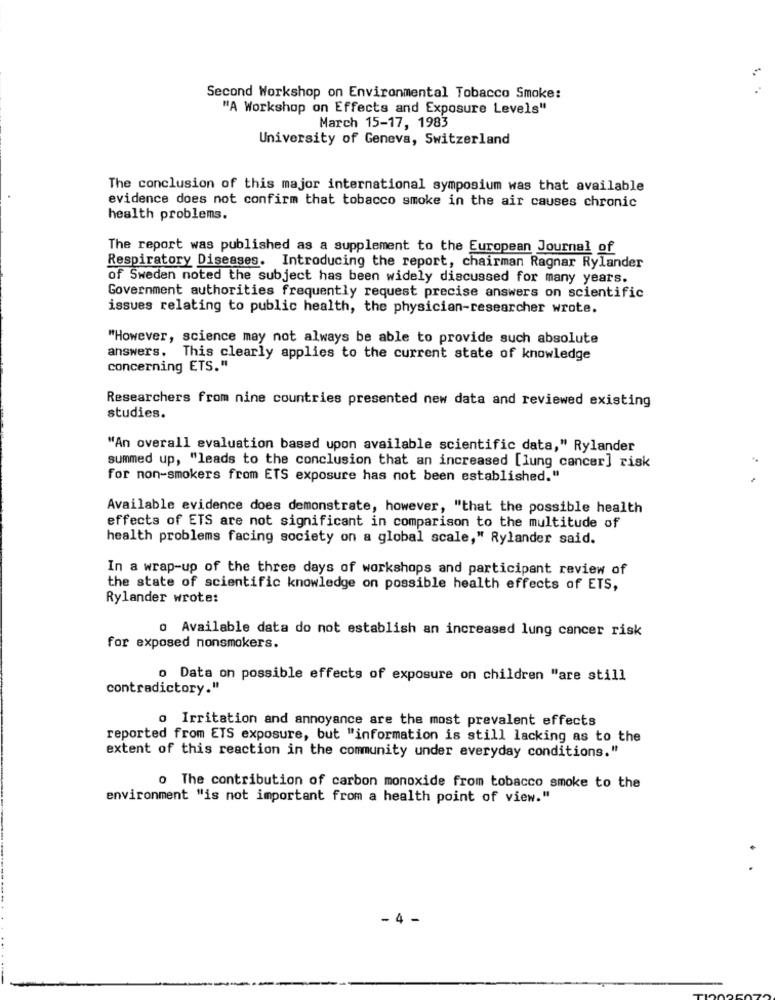
Second Workshop on Environmental Tobacco Smoke:
"A Workshop on Effects and Exposure Levels"
March 15-17, 1983
University of Geneva, Switzerland
The conclusion of this major international symposium was that available
evidence does not confirm that tobacco smoke in the air causes chronic
health problems.
The report was published as a supplement to the European Journal of
Respiratory Diseases. Introducing the report, chairman Ragnar Rylander
of Sweden noted the subject has been widely discussed for many years.
Government authorities frequently request precise answers on scientific
issues relating to public health, the physician-researcher wrote.
"However, science may not always be able to provide such absolute
answers. This clearly applies to the current state of knowledge
concerning ETS."
Researchers from nine countries presented new data and reviewed existing
studies.
"An overall evaluation based upon available scientific data," Rylander
summed up, "leads to the conclusion that an increased [lung cancer] risk
for non-smokers from ETS exposure has not been established."
Available evidence does demonstrate, however, "that the possible health
effects of ETS are not significant in comparison to the multitude of
health problems facing society on a global scale," Rylander said.
In a wrap-up of the three days of workshops and participant review of
the state of scientific knowledge on possible health effects of ETS,
Rylander wrote:
0 Available data do not establish an increased lung cancer risk
for exposed nonsmokers.
o Data on possible effects of exposure on children "are still
contradictory."
o Irritation and annoyance are the most prevalent effects
reported from ETS exposure, but "information is still lacking as to the
extent of this reaction in the community under everyday conditions."
o The contribution of carbon monoxide from tobacco smoke to the
environment "is not important from a health point of view."
- 4